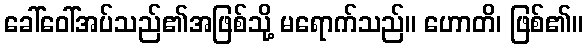
ခေါ်ဝေါ်အပ်သည်၏အဖြစ်သို့ မရောက်သည်။ ဟောတိ၊ ဖြစ်၏။